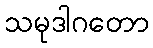
သမုဒါဂတော